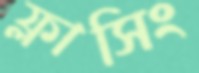
ফ্লাসিং